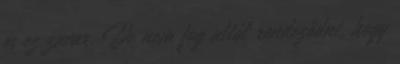
és ez zavar. De nem fog attól rendeződni, hogy